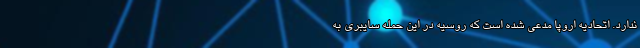
ندارد. اتحادیه اروپا مدعی شده است که روسیه در این حمله سایبری به